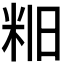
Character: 𫂻